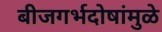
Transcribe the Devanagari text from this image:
बीजगर्भदोषांमुळे